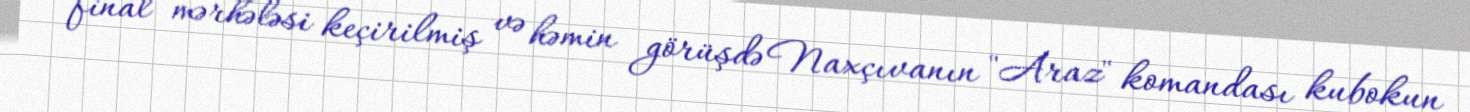
final mərhələsi keçirilmiş və həmin görüşdə Naxçıvanın "Araz" komandası kubokun